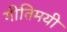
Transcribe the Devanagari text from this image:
गीतिमयी